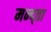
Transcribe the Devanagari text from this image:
मन्द्ता